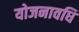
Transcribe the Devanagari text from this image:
योजनावधि